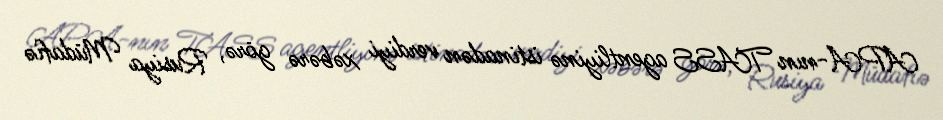
APA-nın TASS agentliyinə istinadən verdiyi xəbərə görə, Rusiya Müdafiə